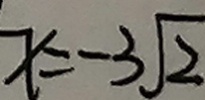
x = - 3 \sqrt { 2 }